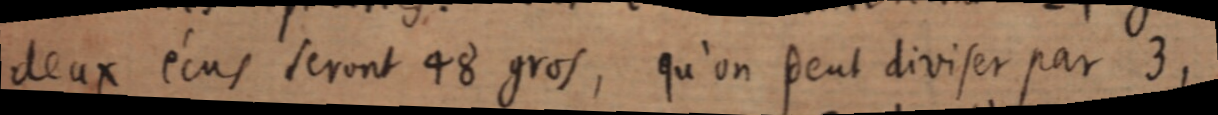
deux écus seront 48 gros, qu’on peut diviser par 3,